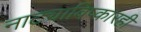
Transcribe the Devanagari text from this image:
नाट्याविष्कारही